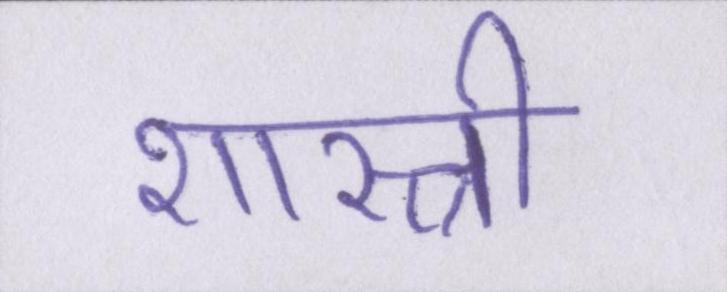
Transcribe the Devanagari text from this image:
शास्त्री